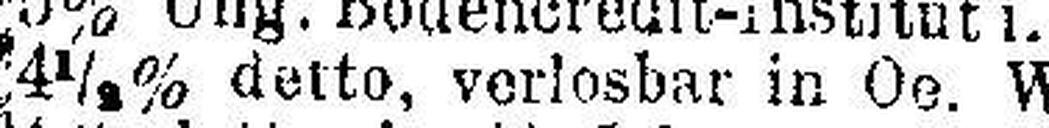
4½% detto, verlosbar in Oe. W......